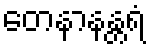
တေနာနန္တရံ